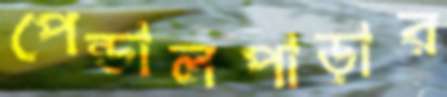
পেন্ডালপাড়ার